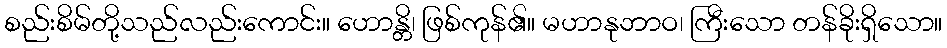
စည်းစိမ်တို့သည်လည်းကောင်း။ ဟောန္တိ၊ ဖြစ်ကုန်၏။ မဟာနုဘာဝ၊ ကြီးသော တန်ခိုးရှိသော။